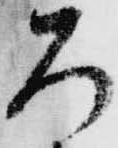
ろ